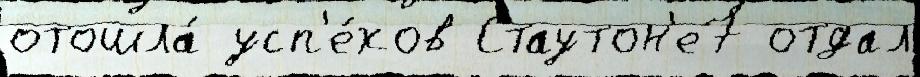
отошла́ усп'е́хов Стаутон'е7 отдал